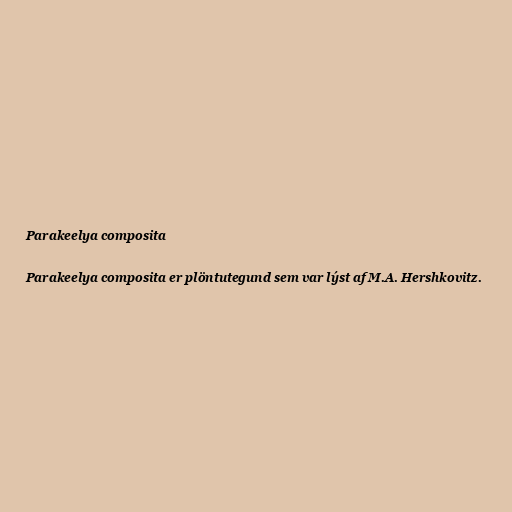
Parakeelya composita

Parakeelya composita er plöntutegund sem var lýst af M.A. Hershkovitz.